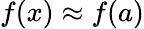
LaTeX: f(x)\approx f(a)